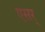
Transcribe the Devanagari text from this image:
एसर्